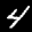
Label: 4